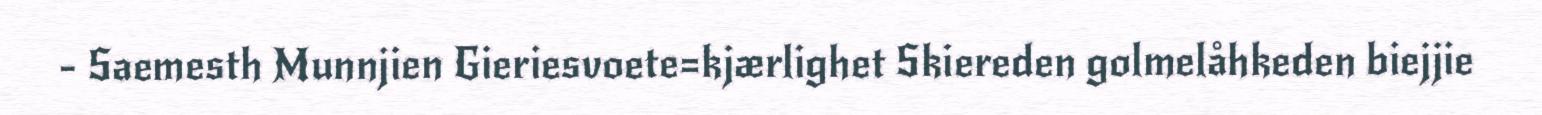
- Saemesth Munnjien Gieriesvoete=kjærlighet Skiereden golmelåhkeden biejjie